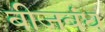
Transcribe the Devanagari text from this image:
बीजबंध